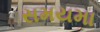
સમયમા